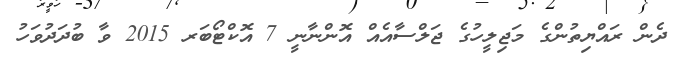
ދެން ރައްޔިތުންގެ މަޖިލީހުގެ ޖަލްސާއެއް އޮންނާނީ 7 އޮކްޓޯބަރ 2015 ވާ ބުދަދުވަހު